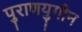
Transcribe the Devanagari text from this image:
पुराणयुगीन